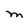
Character: M